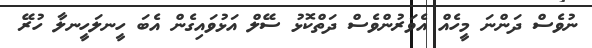
ނުވެސް ދަންނަ މީހެއް އެވަރުންވެސް ދަތްކޮޅު ސޭލް އަޅުވައިގެން އެބަ ހީނލަހީނލާ ހުރޭ